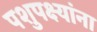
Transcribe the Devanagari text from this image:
पशुपक्ष्यांना